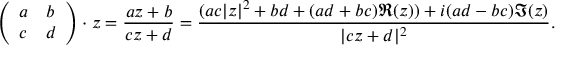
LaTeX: { \left( \begin{array} { l l } { a } & { b } \\ { c } & { d } \end{array} \right) } \cdot z = { \frac { a z + b } { c z + d } } = { \frac { ( a c | z | ^ { 2 } + b d + ( a d + b c ) \Re ( z ) ) + i ( a d - b c ) \Im ( z ) } { | c z + d | ^ { 2 } } } .